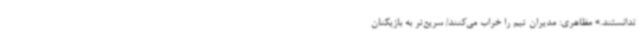
ندانستند.» مظاهری: مدیران تیم را خراب می‌کنند/ سریع‌تر به بازیکنان